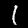
Label: 1